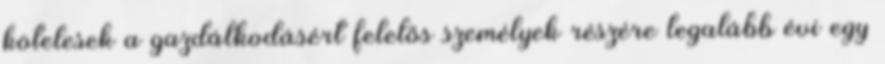
kötelesek a gazdálkodásért felelős személyek részére legalább évi egy